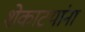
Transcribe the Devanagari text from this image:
शेकाटयांना